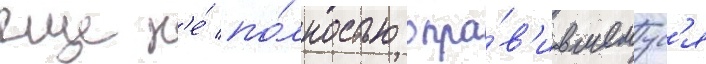
еще н'е́ по́лностью опра́в'ившемус'я